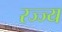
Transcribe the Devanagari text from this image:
रज्ज्य